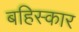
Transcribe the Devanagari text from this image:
बहिस्कार